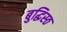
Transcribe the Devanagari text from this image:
बुद्धिस्ठ